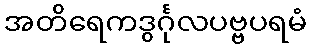
အတိရေကဒွင်္ဂုလပဗ္ဗပရမံ